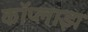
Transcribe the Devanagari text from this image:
कॉप्लाझ